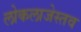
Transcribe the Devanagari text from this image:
लोकलाजेस्तव